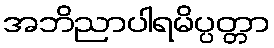
အဘိညာပါရမိပ္ပတ္တာ